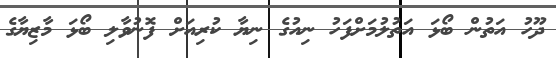
ދޫހު އަތުން ބޯޅަ އަތުލުމަށްފަހު ނިއުގެ ނިޔާ ކުރިއަށް ފޮނުވާލި ބޯޅަ މާޒިޔާގެ